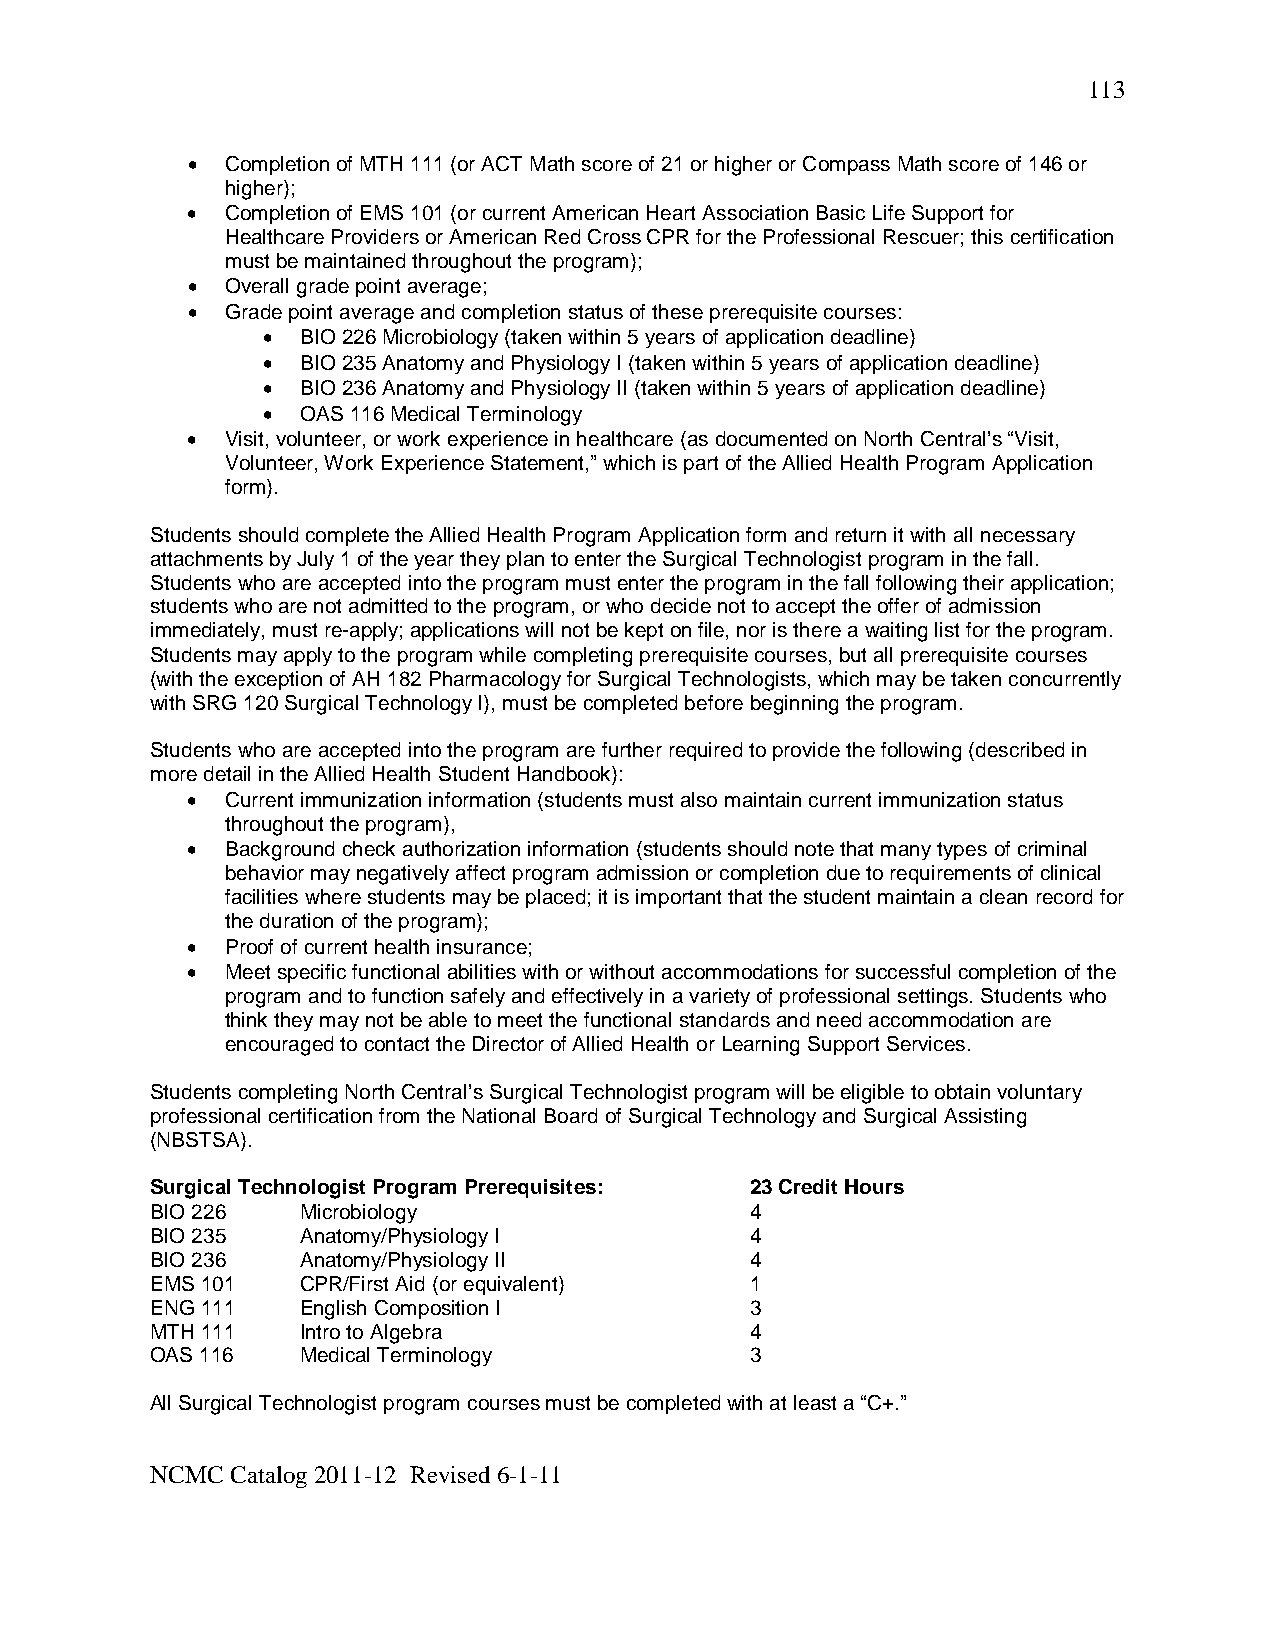
113
 •  Completion of MTH 111 (or ACT Math score of 21 or higher or Compass Math score of 146 or
 higher);
 •  Completion of EMS 101 (or current American Heart Association Basic Life Support for
 Healthcare Providers or American Red Cross CPR for the Professional Rescuer; this certification
 must be maintained throughout the program);
 •  Overall grade point average;
 •  Grade point average and completion status of these prerequisite courses:
 •  BIO 226 Microbiology (taken within 5 years of application deadline)
 •  BIO 235 Anatomy and Physiology I (taken within 5 years of application deadline)
 •  BIO 236 Anatomy and Physiology II (taken within 5 years of application deadline)
 •  OAS 116 Medical Terminology
 •  Visit, volunteer, or work experience in healthcare (as documented on North Central’s “Visit,
 Volunteer, Work Experience Statement,” which is part of the Allied Health Program Application
 form).
 Students should complete the Allied Health Program Application form and return it with all necessary
 attachments by July 1 of the year they plan to enter the Surgical Technologist program in the fall.
 Students who are accepted into the program must enter the program in the fall following their application;
 students who are not admitted to the program, or who decide not to accept the offer of admission
 immediately, must re-apply; applications will not be kept on file, nor is there a waiting list for the program.
 Students may apply to the program while completing prerequisite courses, but all prerequisite courses
 (with the exception of AH 182 Pharmacology for Surgical Technologists, which may be taken concurrently
 with SRG 120 Surgical Technology I), must be completed before beginning the program.
 Students who are accepted into the program are further required to provide the following (described in
 more detail in the Allied Health Student Handbook):
 •  Current immunization information (students must also maintain current immunization status
 throughout the program),
 •  Background check authorization information (students should note that many types of criminal
 behavior may negatively affect program admission or completion due to requirements of clinical
 facilities where students may be placed; it is important that the student maintain a clean record for
 the duration of the program);
 •  Proof of current health insurance;
 •  Meet specific functional abilities with or without accommodations for successful completion of the
 program and to function safely and effectively in a variety of professional settings. Students who
 think they may not be able to meet the functional standards and need accommodation are
 encouraged to contact the Director of Allied Health or Learning Support Services.
 Students completing North Central’s Surgical Technologist program will be eligible to obtain voluntary
 professional certification from the National Board of Surgical Technology and Surgical Assisting
 (NBSTSA).
 Surgical Technologist Program Prerequisites: 23 Credit Hours
 BIO 226   Microbiology                  4
 BIO 235   Anatomy/Physiology I          4
 BIO 236   Anatomy/Physiology II         4
 EMS 101   CPR/First Aid (or equivalent) 1
 ENG 111   English Composition I         3
 MTH 111   Intro to Algebra              4
 OAS 116   Medical Terminology           3
 All Surgical Technologist program courses must be completed with at least a “C+.”
 NCMC Catalog 2011-12 Revised 6-1-11